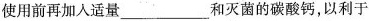
使用前再加入适量___和灭菌的碳酸钙，以利于